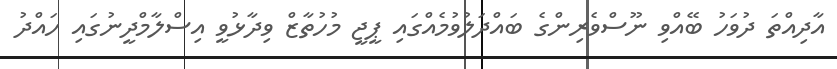
އާދިއްތަ ދުވަހު ބޭއްވި ނޫސްވެރިންގެ ބައްދަލުވުމެއްގައި ޕީޖީ މުހުތާޒް ވިދާޅުވީ އިސްލާމްދީނުގައި ހައްދު